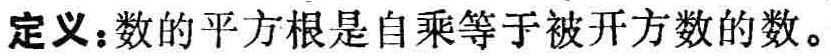
定义：数的平方根是自乘等于被开方数的数。